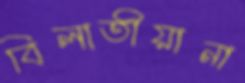
বিলাতীয়ানা